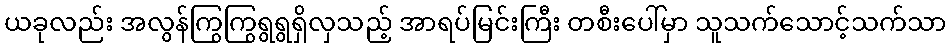
ယခုလည်း အလွန်ကြွကြွရွရွရှိလှသည့် အာရပ်မြင်းကြီး တစီးပေါ်မှာ သူသက်သောင့်သက်သာ